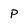
Character: P